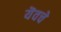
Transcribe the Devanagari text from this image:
यॆवचे